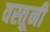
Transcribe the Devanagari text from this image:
वस्तूनी